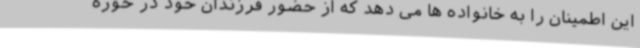
این اطمینان را به خانواده ها می دهد که از حضور فرزندان خود در حوزه